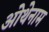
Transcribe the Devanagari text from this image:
ओथेनाम